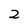
Character: 2